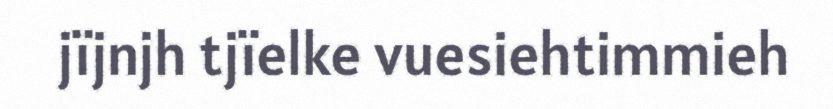
jïjnjh tjïelke vuesiehtimmieh